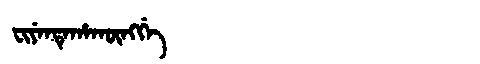
Manchu: ᠸᡳᠶᡝᠨᡨᡝᡥᠠᡴᡡᠩᡤᡝ
Romanization: FIYENTEHAKŪNGGE